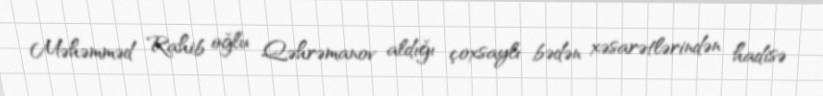
Məhəmməd Rahib oğlu Qəhrəmanov aldığı çoxsaylı bədən xəsarətlərindən hadisə